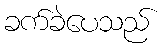
ခက်ခဲပေသည်